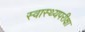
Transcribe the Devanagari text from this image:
स्वास्थ्यपरीक्षा